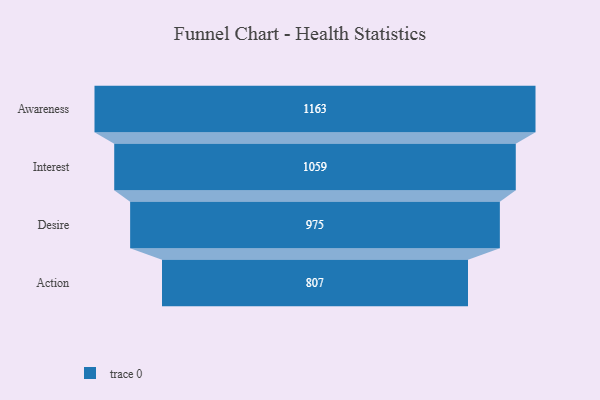
{"axis": {"x": "Stage", "y": "Value"}, "legend": [""], "data": [{"x": "Awareness", "y": 1163.0, "type": ""}, {"x": "Interest", "y": 1059.0, "type": ""}, {"x": "Desire", "y": 975.0, "type": ""}, {"x": "Action", "y": 807.0, "type": ""}]}